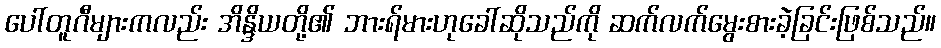
ပေါ်တူဂီများကလည်း အိန္ဒိယတို့၏ ဘားရ်မားဟုခေါ်ဆိုသည်ကို ဆက်လက်မွေးစားခဲ့ခြင်းဖြစ်သည်။